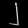
Digit: ၂